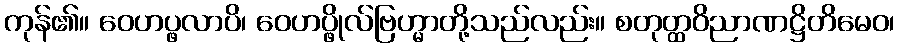
ကုန်၏။ ဝေဟပ္ဖလာပိ၊ ဝေဟပ္ဖိုလ်ဗြဟ္မာတို့သည်လည်း။ စတုတ္ထဝိညာဏဋ္ဌိတိမေဝ၊